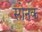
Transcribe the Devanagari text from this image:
सोनक